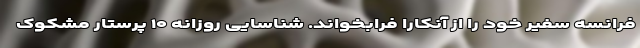
فرانسه سفیر خود را از آنکارا فرابخواند. شناسایی روزانه ۱۰ پرستار مشکوک